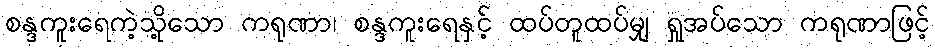
စန္ဒကူးရေကဲ့သို့သော ကရုဏာ၊ စန္ဒကူးရေနှင့် ထပ်တူထပ်မျှ ရှုအပ်သော ကရုဏာဖြင့်